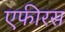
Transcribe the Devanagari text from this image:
एफीरस